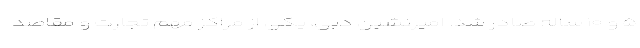
۵ و ۱۰ ساله صادر شد. امیرنشین دبی، یکی از مراکز مهم تجارت و مقاصد